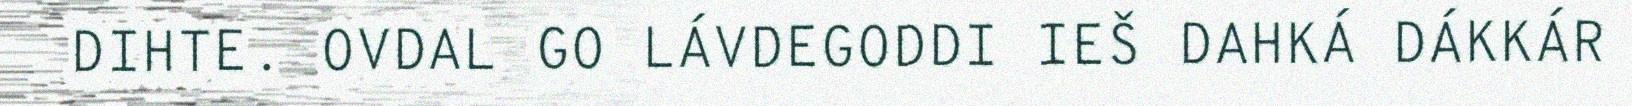
DIHTE. OVDAL GO LÁVDEGODDI IEŠ DAHKÁ DÁKKÁR